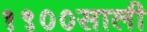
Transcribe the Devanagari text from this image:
१९००साली